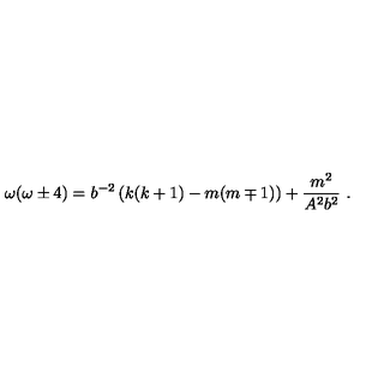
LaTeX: \omega ( \omega \pm 4 ) = b ^ { - 2 } \left( k ( k + 1 ) - m ( m \mp 1 ) \right) + \frac { m ^ { 2 } } { A ^ { 2 } b ^ { 2 } } \ .